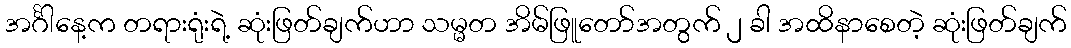
အင်္ဂါနေ့က တရားရုံးရဲ့ ဆုံးဖြတ်ချက်ဟာ သမ္မတ အိမ်ဖြူတော်အတွက် ၂ ခါ အထိနာစေတဲ့ ဆုံးဖြတ်ချက်